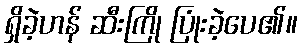
ရှိခဲ့ဟန် ဆီးကြို ပြုံးခဲ့ပေ၏။